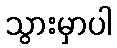
သွားမှာပါ